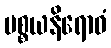
ပစ္စယနိရောဓံ